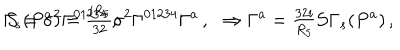
LaTeX: \Gamma _ { s } ( P ^ { a } ) = { \textstyle \frac { i R _ { 5 } } { 3 2 } } \sigma ^ { 2 } \Gamma ^ { 0 1 2 3 4 } \Gamma ^ { a } \, , \, \, \, \, \Rightarrow \Gamma ^ { a } = { \textstyle \frac { 3 2 i } { R _ { 5 } } } \mathcal { S } \Gamma _ { s } ( P ^ { a } ) \, , \hspace { 1 c m } \mathcal { S } = \sigma ^ { 2 } \Gamma ^ { 0 1 2 3 4 } \, ,